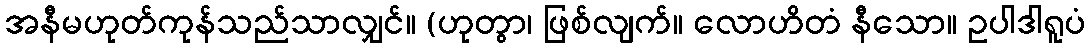
အနီမဟုတ်ကုန်သည်သာလျှင်။ (ဟုတွာ၊ ဖြစ်လျက်။ လောဟိတံ နီသော။ ဥပါဒါရူပံ